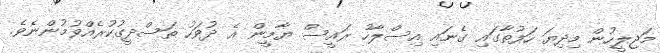
މަޖިލީހުން މިދިޔަ ހަފުތާގައި ގެނައި އިސްލާހު ރައީސް ޔާމީން އެ ދުވަހު ތަސްދީގުކުރެއްވުމުންނެވެ.